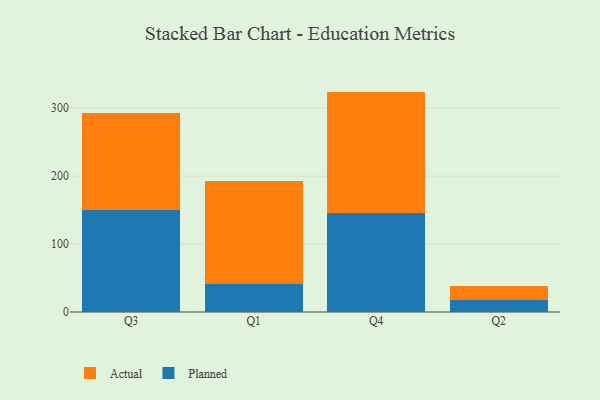
{"axis": {"x": "Quarter", "y": "Humidity (%)"}, "legend": ["Actual", "Planned"], "data": [{"x": "Q3", "y": 149.7, "type": "Planned"}, {"x": "Q3", "y": 143.4, "type": "Actual"}, {"x": "Q1", "y": 41.4, "type": "Planned"}, {"x": "Q1", "y": 151.2, "type": "Actual"}, {"x": "Q4", "y": 146.2, "type": "Planned"}, {"x": "Q4", "y": 178.2, "type": "Actual"}, {"x": "Q2", "y": 17.5, "type": "Planned"}, {"x": "Q2", "y": 21.1, "type": "Actual"}]}